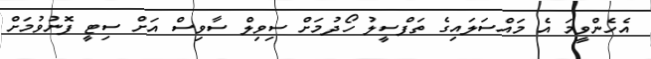
އެހެންވީމަ އެ މައްސަލައިގެ ތަފްސީލު ހޯދުމަށް ސިވިލް ސާވިސް އަށް ސިޓީ ފޮނުވުމަށް